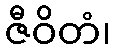
ဇီဝိတံ၊